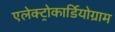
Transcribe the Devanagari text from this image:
एलेक्ट्रोकार्डियोग्राम